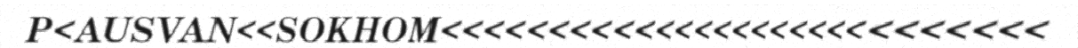
P<AUSVAN<<SOKHOM<<<<<<<<<<<<<<<<<<<<<<<<<<<<